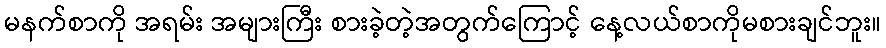
မနက်စာကို အရမ်း အများကြီး စားခဲ့တဲ့အတွက်ကြောင့် နေ့လယ်စာကိုမစားချင်ဘူး။